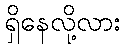
ရှိနေလို့လား